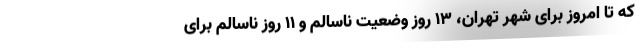
که تا امروز برای شهر تهران، ۱۳ روز وضعیت ناسالم و ۱۱ روز ناسالم برای